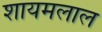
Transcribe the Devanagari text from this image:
शायमलाल